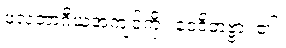
ဖလဘာဂီယအကျင့်ကို။ ဝေဒိတဗ္ဗာ၊ ၏။